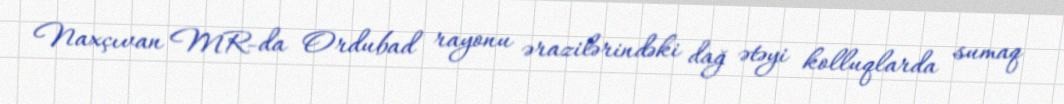
Naxçıvan MR-da Ordubad rayonu ərazilərindəki dağ ətəyi kolluqlarda sumaq